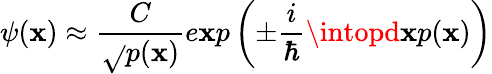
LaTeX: \psi(\mathbf{x})\approx\frac{{C}}{{\sqrt{}{{p(\mathbf{x})}}}}e\mathbf{x}p\left(\pm\frac{{i}}{{\hbar}}\intopd\mathbf{x}\textbf{{}}p(\mathbf{x})\right)